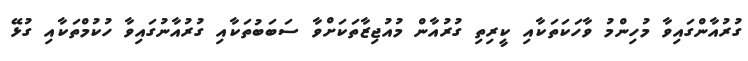
ގުރުއާންގައިވާ މުހިންމު ވާހަކަތަކާއި ކީރިތި ގުރުއާން މުއުޖިޒާތަކަށްވާ ސަބަބުތަކާއި ގުރުއާނުގައިވާ ހުކުމްތަކާއި ގުޅޭ